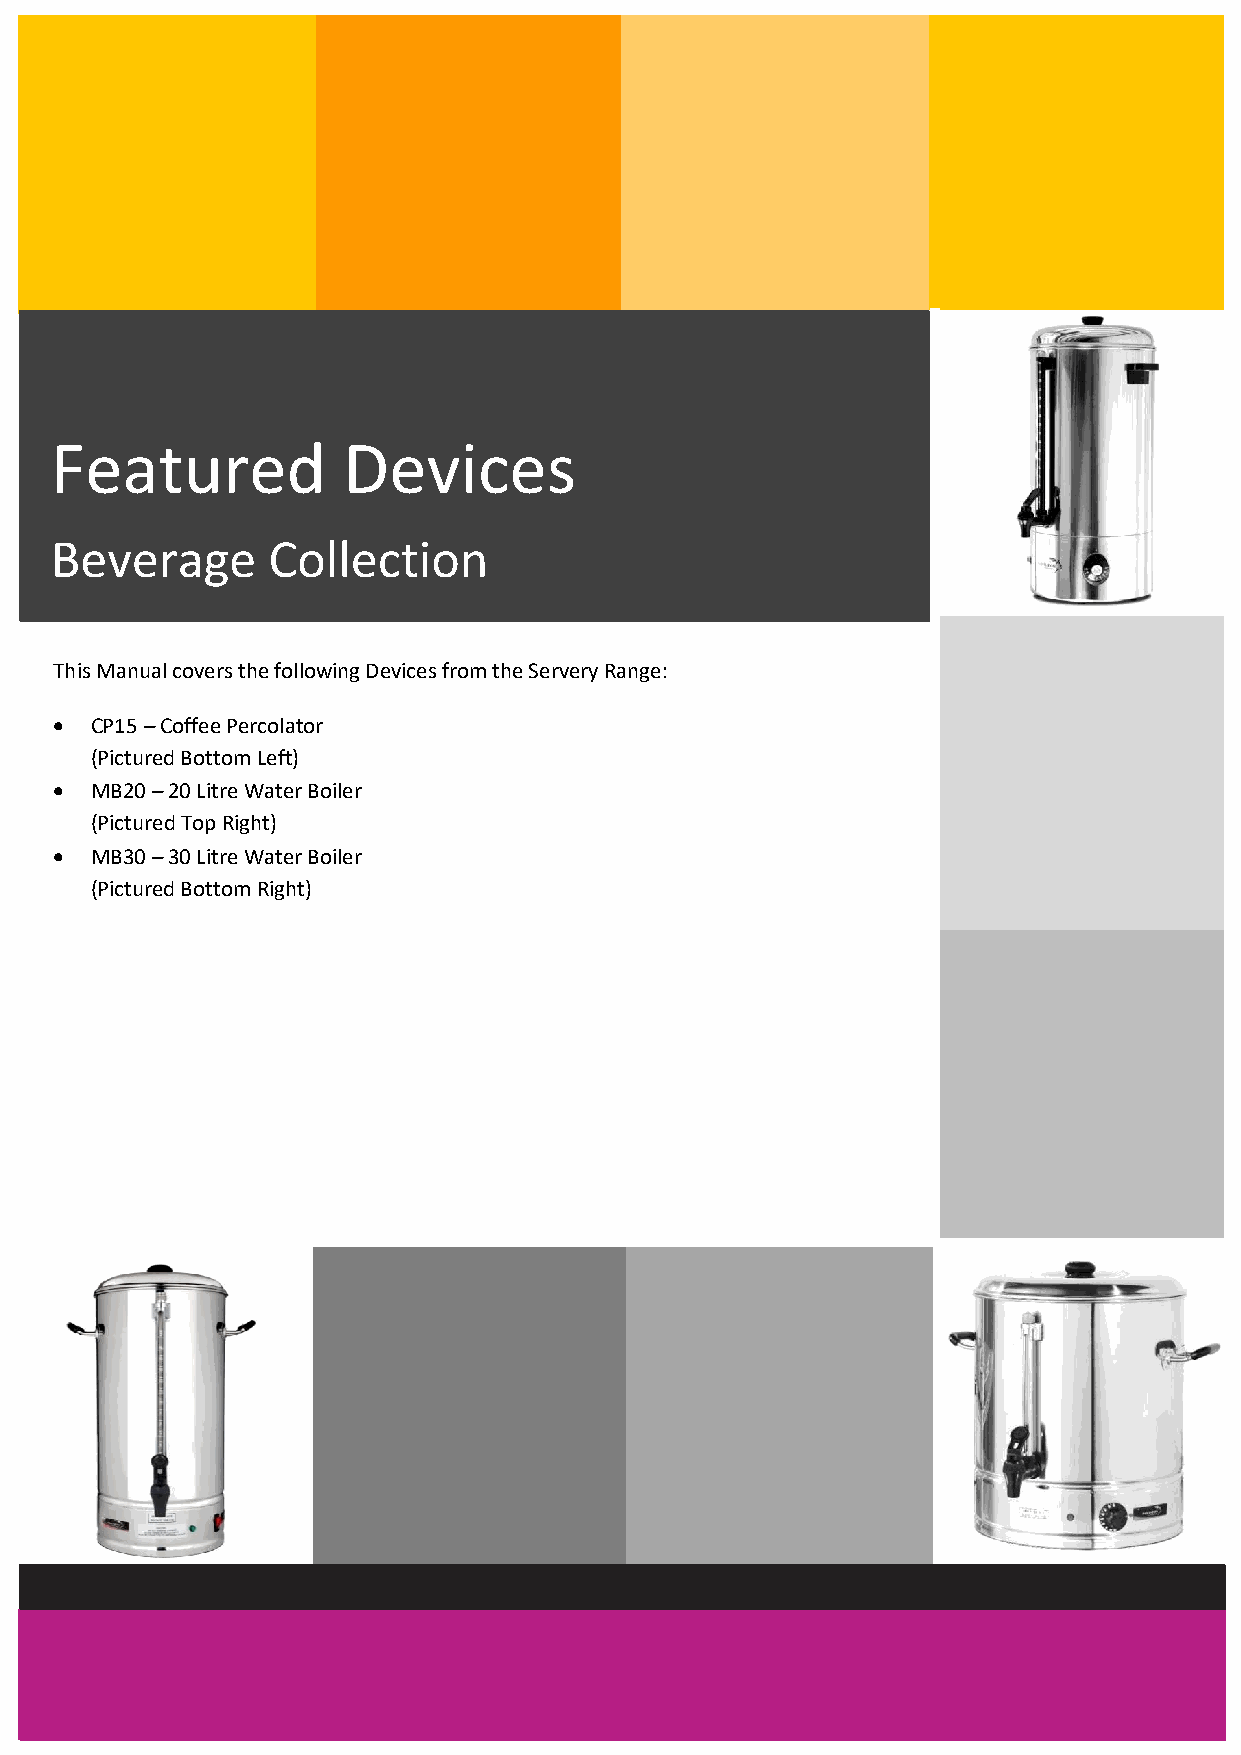
Beverage Collection Operating Manual – CP15, MB20, MB30
 Featured            Devices
 Beverage       Collection
 This Manual covers the following Devices from the Servery Range:
  CP15 – Coffee Percolator
 (Pictured Bottom Left)
  MB20 – 20 Litre Water Boiler
 (Pictured Top Right)
  MB30 – 30 Litre Water Boiler
 (Pictured Bottom Right)
 Pantheon Catering Equipment
 Vulcan Works, Dixon Street, Web: www.pantheonce.co.uk Tel: 0800 0461570
 Bolton, BL6 7PH      Email: Info@pantheonce.co.uk Fax: 0800 0461571